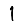
Digit: 1